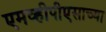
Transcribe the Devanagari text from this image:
एमव्हीपीएसाच्या